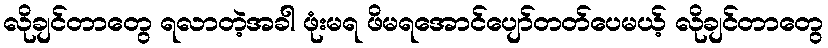
လိုချင်တာတွေ ရလာတဲ့အခါ ဖုံးမရ ဖိမရအောင်ပျော်တတ်ပေမယ့် လိုချင်တာတွေ